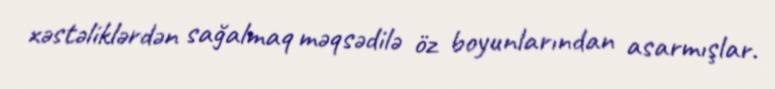
xəstəliklərdən sağalmaq məqsədilə öz boyunlarından asarmışlar.